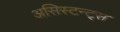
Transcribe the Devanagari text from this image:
असिस्टन्ट्स